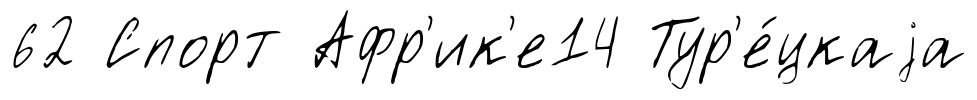
62 Спорт Афр'ик'е14 Тур'е́цкаjа